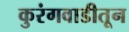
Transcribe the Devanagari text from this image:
कुरंगवाडीतून